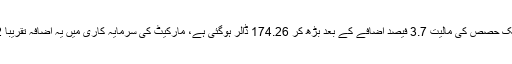
ایپل کمپنی کے ایک حصص کی مالیت 3.7 فیصد اضافے کے بعد بڑھ کر 174.26 ڈالر ہوگئی ہے، مارکیٹ کی سرمایہ کاری میں یہ اضافہ تقریبا 32 ارب ڈالر ہے۔